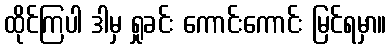
ထိုင်ကြပါ ဒါမှ ရှုခင်း ကောင်းကောင်း မြင်ရမှာ။